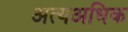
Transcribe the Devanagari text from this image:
अत्यअधिक